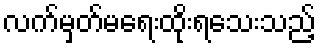
လက်မှတ်မရေးထိုးရသေးသည့်